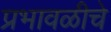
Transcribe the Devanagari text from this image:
प्रभावळीचे